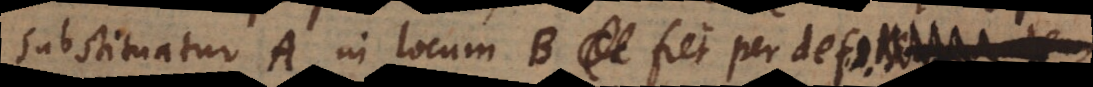
substituatur A in locum B, fiet (per def. 1